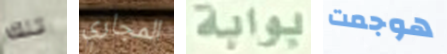
تلك المجاري بوابة هوجمت